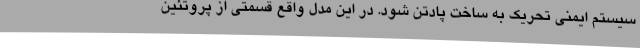
سیستم ایمنی تحریک به ساخت پادتن شود. در این مدل واقع قسمتی از پروتئین